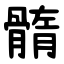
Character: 䯝